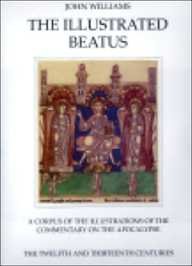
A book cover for The Illustrated Beatus: The Twelfth and Thirteenth Centuries; John Williams; Arts & Photography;